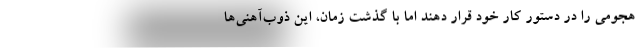
هجومی را در دستور کار خود قرار دهند اما با گذشت زمان، این ذوب‌آهنی‌ها